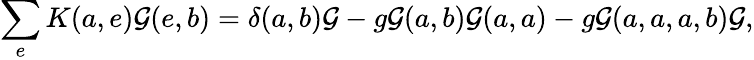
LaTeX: \sum_{e}K(a,e){\cal G}(e,b)=\delta(a,b){\cal G}-g{\cal G}(a,b){\cal G}(a,a)-g{\cal G}(a,a,a,b){\cal G},